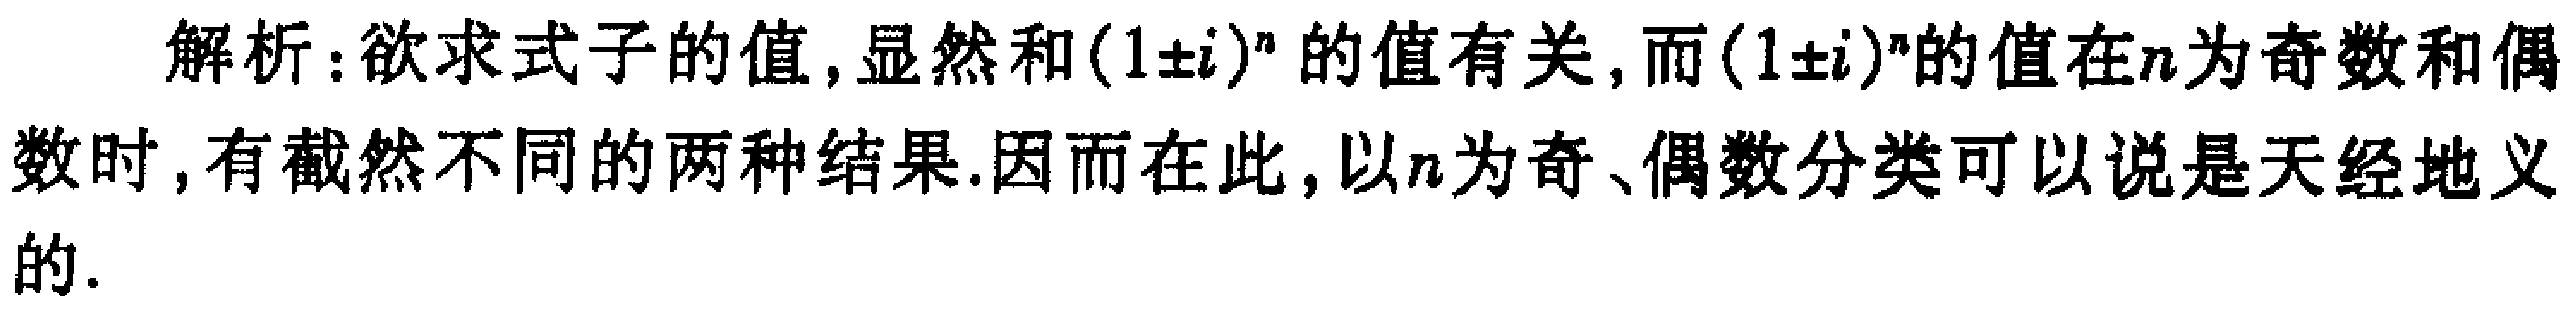
解析：欲求式子的值, 显然和\((1\pm i)^n\)的值有关, 而\((1\pm i)^n\)的值在\(n\)为奇数和偶数时, 有截然不同的两种结果. 因而在此, 以\(n\)为奇、偶数分类可以说是天经地义的.